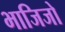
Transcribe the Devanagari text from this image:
भाजिजो